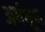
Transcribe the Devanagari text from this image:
अर्धभ्रूण